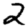
Digit: 2